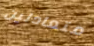
متعادلين